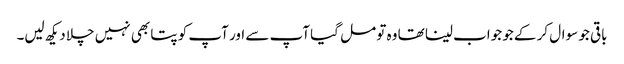
باقی جو سوال کر کے جو جواب لینا تھا وہ تو مل گیا آپ سے اور آپ کو پتا بھی نہیں چلا دیکھ لیں۔